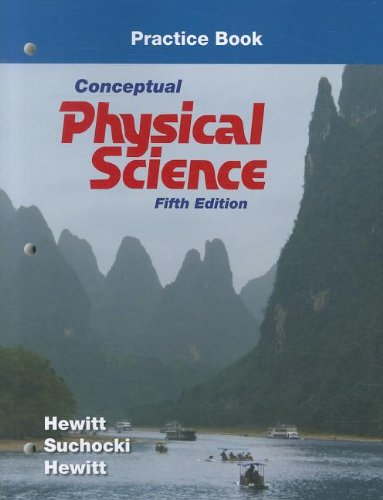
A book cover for Practice Book for Conceptual Physical Science; Paul G. Hewitt; Science & Math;